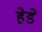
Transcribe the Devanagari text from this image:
हेडे